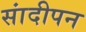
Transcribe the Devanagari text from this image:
सांदीपन